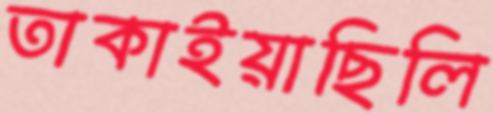
তাকাইয়াছিলি